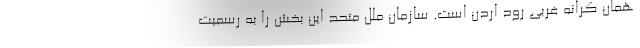
همان کرانه غربی رود اردن است. سازمان ملل متحد این بخش را به رسمیت